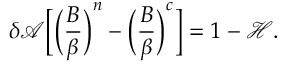
\delta \mathcal { A } \bigg [ \bigg ( \frac { B } { \beta } \bigg ) ^ { n } - \bigg ( \frac { B } { \beta } \bigg ) ^ { c } \bigg ] = 1 - \mathcal { H } .